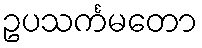
ဥပသင်္ကမတော